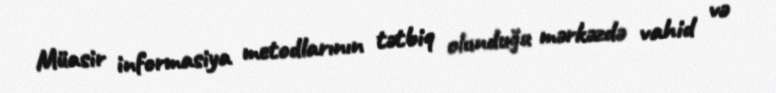
Müasir informasiya metodlarının tətbiq olunduğu mərkəzdə vahid və